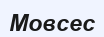
Мовсес